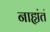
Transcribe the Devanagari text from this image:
नाह्यंतं